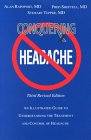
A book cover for Conquering Headache: An Illustrated Guide to Understanding the Treatment and Control of Headache; Alan M. Rapoport; Health, Fitness & Dieting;